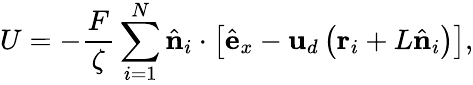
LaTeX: U=-\frac{F}{\zeta}\sum_{i=1}^{N}\hat{\mathbf n}_{i}\cdot\left[\hat{\mathbf{e}}_{x}-{\mathbf{u}}_{d}\left(\mathbf{r}_{i}+L\hat{\mathbf n}_{i}\right)\right],